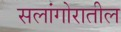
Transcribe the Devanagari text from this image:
सलांगोरातील